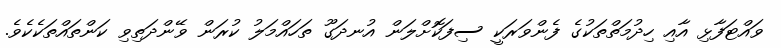
ވައްޓަފާޅި އާއި ހިދުމަތްތަކުގެ ފެންވަރަކީ ސިފަކޮށްލަން އުނދަގޫ ތަހައްމަލު ކުރަން ވޭންދަތިވި ކަންތައްތަކެކެވެ.